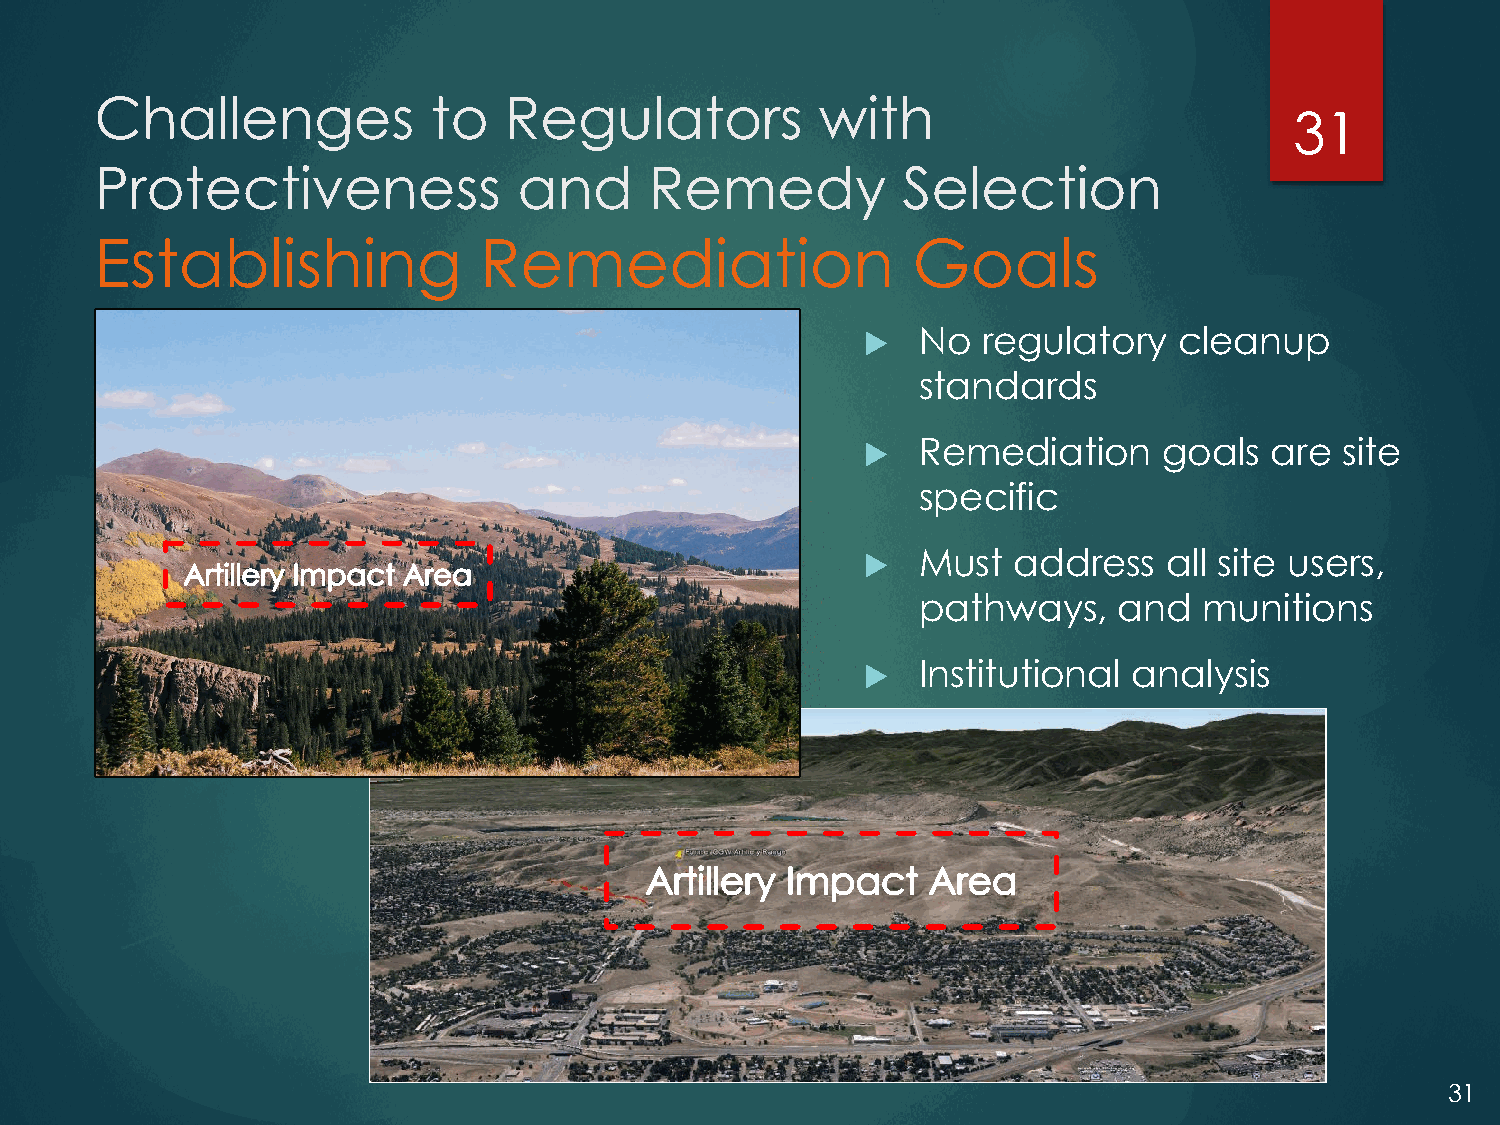
Challenges             to  Regulators           with
 31
 Protectiveness              and      Remedy           Selection
 Establishing              Remediation                 Goals
    No  regulatory   cleanup
 standards
    Remediation     goals  are  site
 specific
    Must  address   all site users,
 pathways,    and   munitions
    Institutional analysis
 31